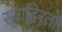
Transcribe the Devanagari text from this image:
स्याद्विरतो